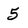
Character: 5